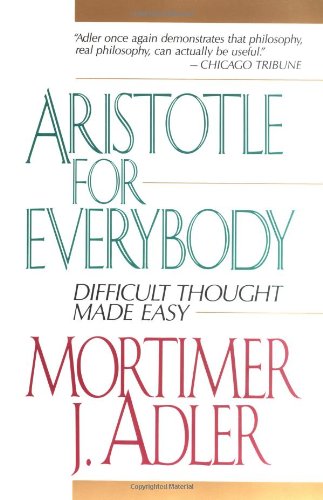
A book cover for Aristotle for Everybody: Difficult Thought Made Easy; Mortimer J. Adler; Politics & Social Sciences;